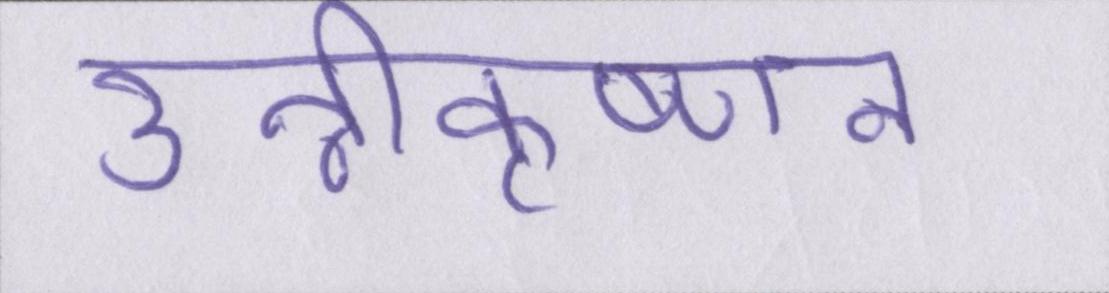
उन्नीकृष्णन